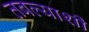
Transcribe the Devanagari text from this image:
तबल्याशी